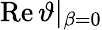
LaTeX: \operatorname{Re}\vartheta\vert_{\beta=0}